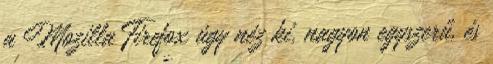
a Mozilla Firefox úgy néz ki, nagyon egyszerű, és